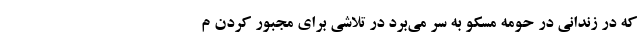
که در زندانی در حومه مسکو به سر می‌برد در تلاشی برای مجبور کردن م